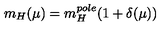
m _ { H } ( \mu ) = m _ { H } ^ { p o l e } ( 1 + \delta ( \mu ) )